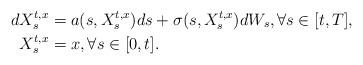
LaTeX: \begin{align*}dX_s^{t,x}&=a(s,X^{t,x}_s)ds+\sigma(s,X^{t,x}_s)dW_s,\forall s\in[t,T],\\X^{t,x}_s&=x,\forall s\in[0,t].\end{align*}